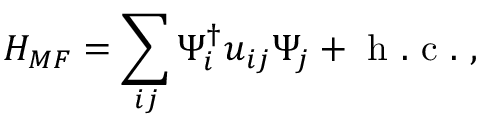
H _ { M F } = \sum _ { i j } \Psi _ { i } ^ { \dagger } u _ { i j } \Psi _ { j } + \mathrm { ~ h ~ . ~ c ~ . ~ } ,